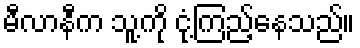
မီလာနီက သူ့ကို ငုံ့ကြည့်နေသည်။